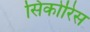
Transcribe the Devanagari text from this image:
सिकोरिस